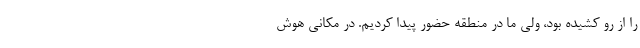
را از رو کشیده بود، ولی ما در منطقه حضور پیدا کردیم. در مکانی هوش